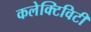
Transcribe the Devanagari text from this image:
कलेक्टिविटी